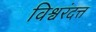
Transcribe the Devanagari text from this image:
विश्वरंदत्त